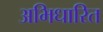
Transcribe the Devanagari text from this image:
अभिधारित